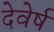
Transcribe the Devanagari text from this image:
देवेर्ष